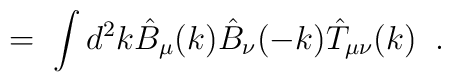
= \; \int d^2k \hat{B}_\mu(k) \hat{B}_\nu(-k) \hat{T}_{\mu \nu}(k) \; \; .